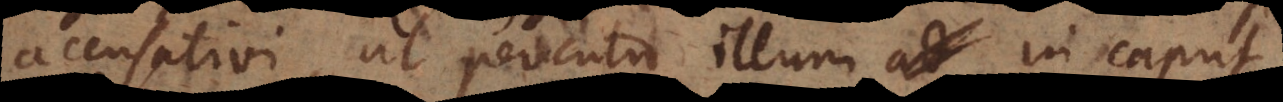
cusativi, ut percutio illum in caput,